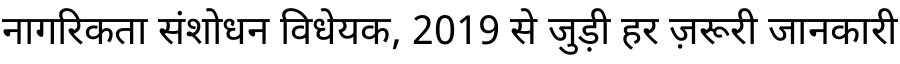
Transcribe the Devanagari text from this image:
नागरिकता संशोधन विधेयक, 2019 से जुड़ी हर ज़रूरी जानकारी